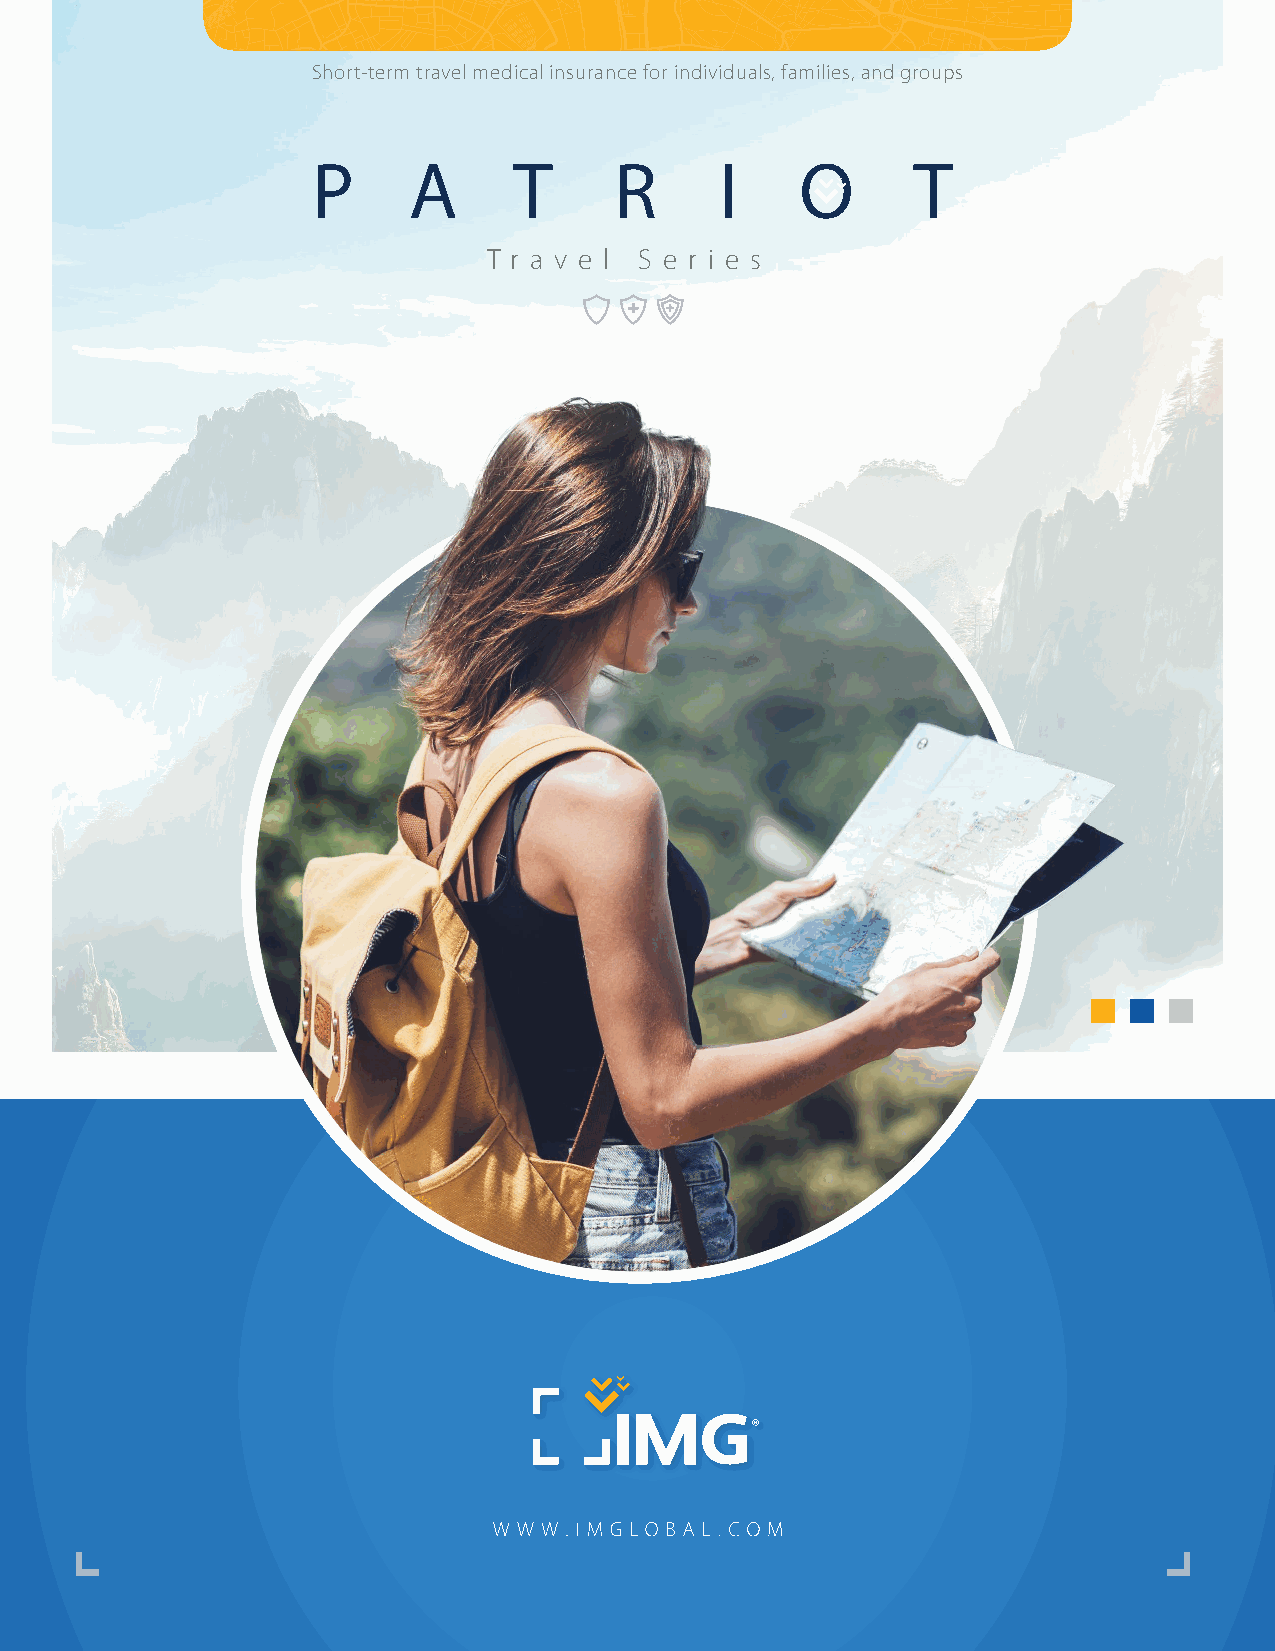
Short-term travel medical insurance for individuals, families, and groups
 P     A      T      R      I    O      T
 T r a v e l S e r i e s